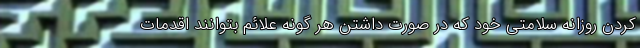
کردن روزانه سلامتی خود که در صورت داشتن هر گونه علائم بتوانند اقدمات